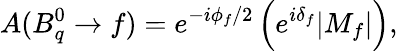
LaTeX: A(B_{q}^{0}\to f)=e^{-i\phi_{f}/2}\left(e^{i\delta_{f}}|M_{f}|\right),